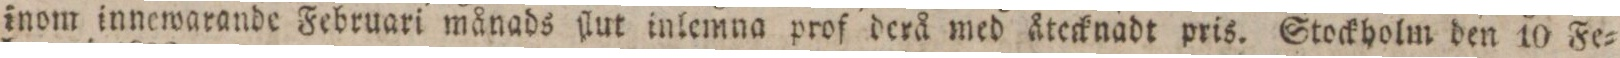
inom innewarande Februari månads ſlut inlemna prof derå med åtecknadt pris. Stockholm den 10 Fe=